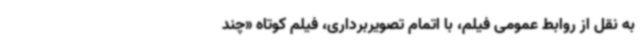
به نقل از روابط عمومی فیلم، با اتمام تصویربرداری، فیلم کوتاه «چند